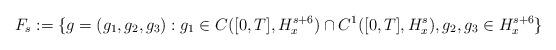
LaTeX: \begin{align*} F_s := \{ g = (g_1, g_2, g_3) : g_1 \in C([0,T], H^{s+6}_x) \cap C^1([0,T], H^s_x), g_2, g_3 \in H^{s+6}_x \}\end{align*}